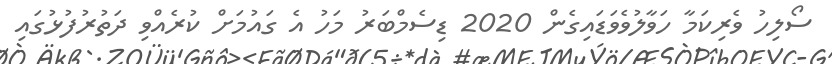
ސޯލިހު ވެރިކަމާ ހަވާލުވެވަޑައިގެން 2020 ޑިސެމްބަރު މަހު އެ ގައުމަށް ކުރެއްވި ދަތުރުފުޅުގައި